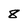
Character: 8